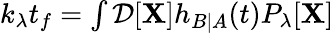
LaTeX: \begin{array}{r}{k_{\lambda}t_{f}=\int\mathcal{D}[\mathbf{X}]h_{B|A}(t)P_{\lambda}[\mathbf{X}]}\end{array}